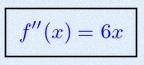
f''(x)=6x